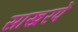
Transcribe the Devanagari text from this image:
साखरपें